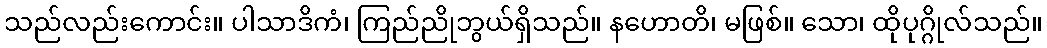
သည်လည်းကောင်း။ ပါသာဒိကံ၊ ကြည်ညိုဘွယ်ရှိသည်။ နဟောတိ၊ မဖြစ်။ သော၊ ထိုပုဂ္ဂိုလ်သည်။